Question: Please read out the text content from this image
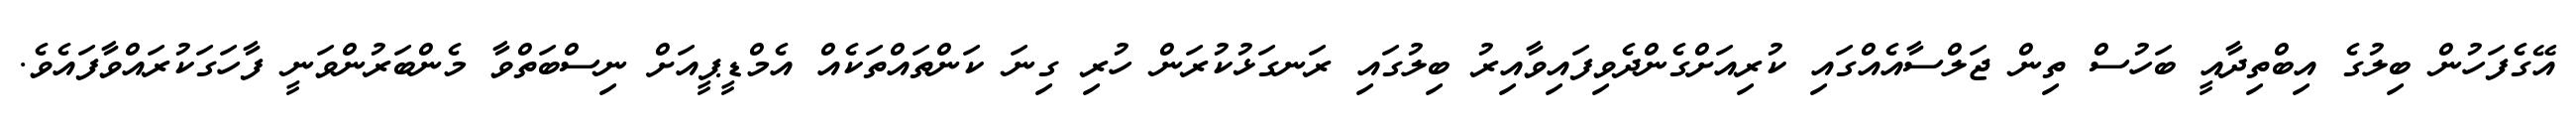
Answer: އޭގެފަހުން ބިލުގެ އިބްތިދާއީ ބަހުސް ތިން ޖަލްސާއެއްގައި ކުރިއަށްގެންދެވިފައިވާއިރު ބިލުގައި ރަނގަޅުކުރަން ހުރި ގިނަ ކަންތައްތަކެއް އެމްޑީޕީއަށް ނިސްބަތްވާ މެންބަރުންވަނީ ފާހަގަކުރައްވާފައެވެ.